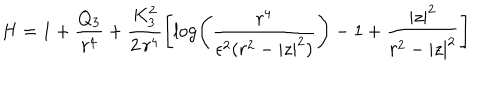
H = 1 + \frac { Q _ { 3 } } { r ^ { 4 } } + \frac { K _ { 3 } ^ { 2 } } { 2 \, r ^ { 4 } } \left[ \log \left( \frac { r ^ { 4 } } { \epsilon ^ { 2 } ( r ^ { 2 } - | z | ^ { 2 } ) } \right) - 1 + \frac { | z | ^ { 2 } } { r ^ { 2 } - | z | ^ { 2 } } \right]